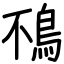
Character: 鴀